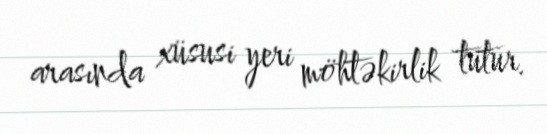
arasında xüsusi yeri möhtəkirlik tutur.